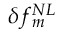
\delta f _ { m } ^ { N L }